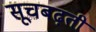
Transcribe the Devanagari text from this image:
सूचबढ़ती